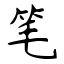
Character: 笔